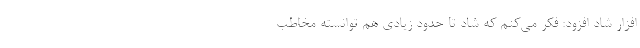
افزار شاد افزود: فکر می‌کنم که شاد تا حدود زیادی هم توانسته مخاطب